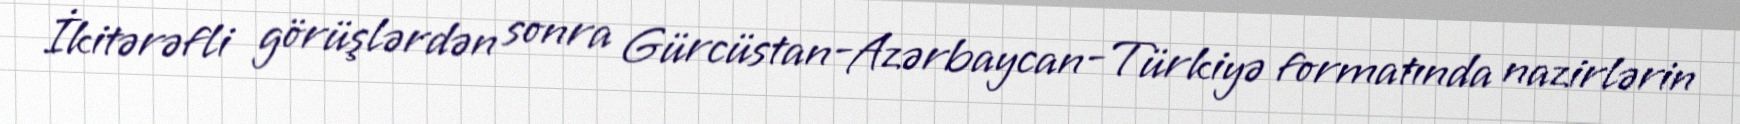
İkitərəfli görüşlərdən sonra Gürcüstan-Azərbaycan-Türkiyə formatında nazirlərin